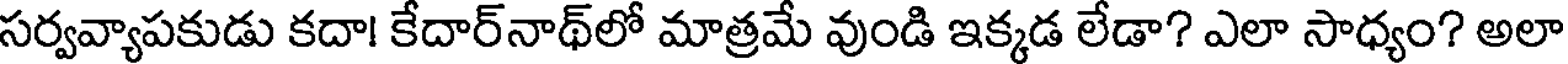
సర్వవ్యాపకుడు కదా! కేదార్నాథ్లో మాత్రమే వుండి ఇక్కడ లేడా? ఎలా సాధ్యం? అలా